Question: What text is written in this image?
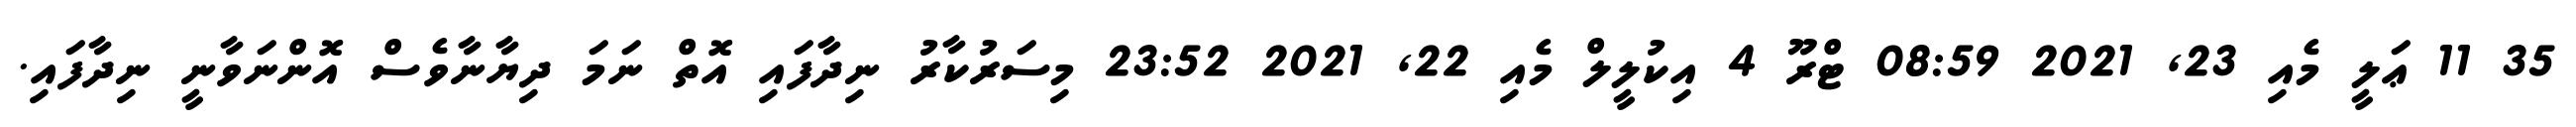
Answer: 35 11 ޢަލީ މެއި 23, 2021 08:59 ޓްރޫ 4 އިކުލީލް މެއި 22, 2021 23:52 މިސަރުކާރު ނިދާފައި އޮތް ނަމަ ދިޔާނާވެސް އޮންނަވާނީ ނިދާފައި.